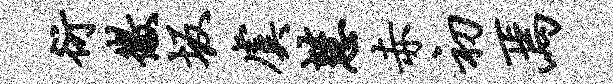
衍徽坂虞慧赤初焉